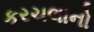
કરચલાનો